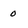
Character: o